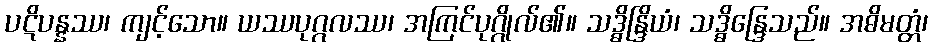
ပဋိပန္နဿ၊ ကျင့်သော။ ယဿပုဂ္ဂလဿ၊ အကြင်ပုဂ္ဂိုလ်၏။ သဒ္ဓိန္ဒြိယံ၊ သဒ္ဓိန္ဒြေသည်။ အဓိမတ္တံ၊